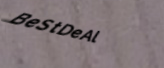
BeStDeAl